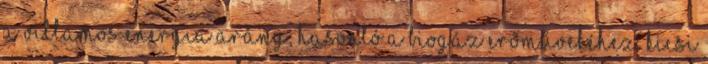
a villamos energia arány, hasonló a biogáz erőművekéhez. Kicsi